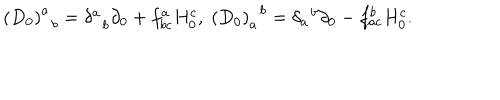
\left( D _ { 0 } \right) _ { \; \; b } ^ { a } = \delta _ { \; \; b } ^ { a } \partial _ { 0 } + f _ { b c } ^ { a } H _ { 0 } ^ { c } , \; \left( D _ { 0 } \right) _ { a } ^ { \; \; b } = \delta _ { a } ^ { \; \; b } \partial _ { 0 } - f _ { a c } ^ { b } H _ { 0 } ^ { c } .